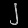
Digit: ၂